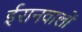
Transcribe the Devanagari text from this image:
ईरानवालों